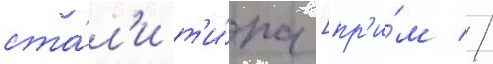
ста́л'и т'и́па [пр'и́м //